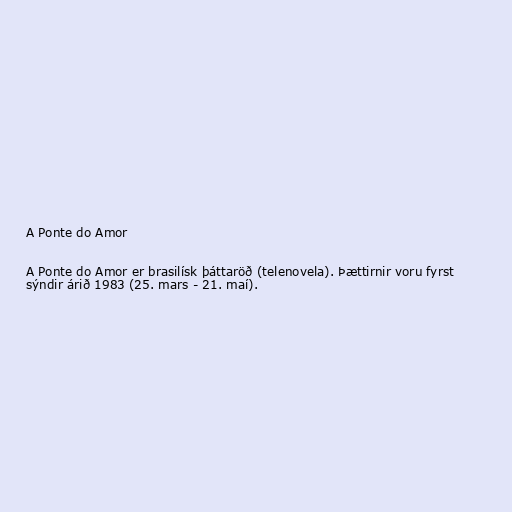
A Ponte do Amor

A Ponte do Amor er brasilísk þáttaröð (telenovela). Þættirnir voru fyrst
sýndir árið 1983 (25. mars - 21. maí).